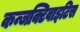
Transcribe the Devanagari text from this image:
कन्जक्टिवाइटिस